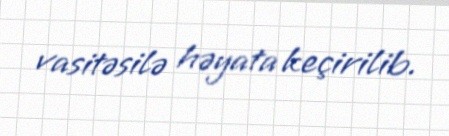
vasitəsilə həyata keçirilib.